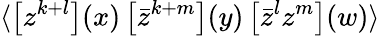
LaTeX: \langle\left[z^{k+l}\right](x)\left[\bar{z}^{k+m}\right](y)\left[\bar{z}^{l}z^{m}\right](w)\rangle